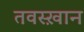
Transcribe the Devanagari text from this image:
तवस्ख़ान